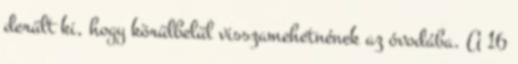
derült ki, hogy körülbelül visszamehetnének az óvodába. A 16